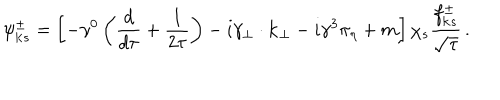
\psi _ { { \bf k } s } ^ { \pm } = \left[ - \gamma ^ { 0 } \left( { \frac { d } { d \tau } } + { \frac { 1 } { 2 \tau } } \right) - i \gamma _ { \bf { { \perp } } } \cdot { \bf { k _ { \perp } } } - i \gamma ^ { 3 } \pi _ { \eta } + m \right] \chi _ { s } { \frac { f _ { { \bf k } s } ^ { \pm } } { \sqrt \tau } } \, .